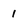
Character: 1